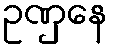
ဥဏှေန